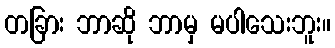
တခြား ဘာဆို ဘာမှ မပါသေးဘူး။